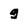
Character: 9